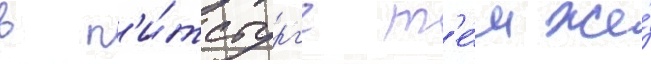
в п'и́тсбург'е т'е́м же́